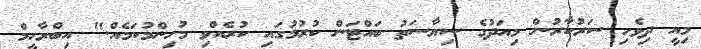
މިއީ ދިވެހި ސަރުކާރުން މިއަދުގެ ސިޔާސަތު ބައްޓަން ކުރުމުގައި ކުރެއްވި މުހިންމުކަމެއް." އިބްރާހީމް